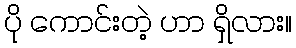
ပို ကောင်းတဲ့ ဟာ ရှိလား။